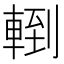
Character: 𨍀